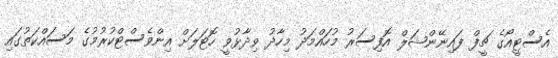
އެސްޓީއޯގެ ޗީފް ފައިނޭންޝަލް އޮފިސަރު މުހައްމަދު މިހާދު ވިދާޅުވީ ހޮޓަލަށް އިންވެސްޓްކުރުމުގެ މަސައްކަތުގައި